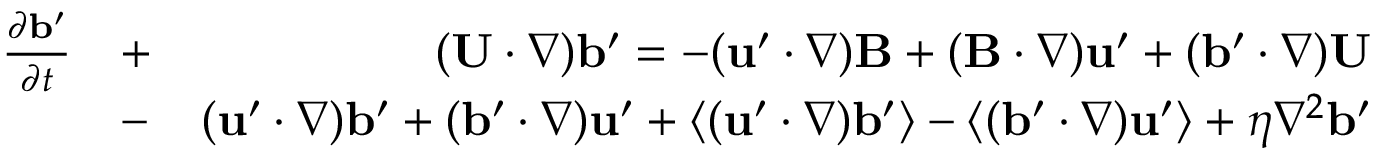
\begin{array} { r l r } { \frac { \partial { \bf { b } } ^ { \prime } } { \partial t } } & { + } & { ( { \bf { U } } \cdot \nabla ) { \bf { b } } ^ { \prime } = - ( { \bf { u } } ^ { \prime } \cdot \nabla ) { \bf { B } } + ( { \bf { B } } \cdot \nabla ) { \bf { u } } ^ { \prime } + ( { \bf { b } } ^ { \prime } \cdot \nabla ) { \bf { U } } } \\ & { - } & { ( { \bf { u } } ^ { \prime } \cdot \nabla ) { \bf { b } } ^ { \prime } + ( { \bf { b } } ^ { \prime } \cdot \nabla ) { \bf { u } } ^ { \prime } + \langle { ( { \bf { u } } ^ { \prime } \cdot \nabla ) { \bf { b } } ^ { \prime } } \rangle - \langle { ( { \bf { b } } ^ { \prime } \cdot \nabla ) { \bf { u } } ^ { \prime } } \rangle + \eta \nabla ^ { 2 } { \bf { b } } ^ { \prime } } \end{array}